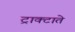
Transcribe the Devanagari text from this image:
ट्राक्टाते